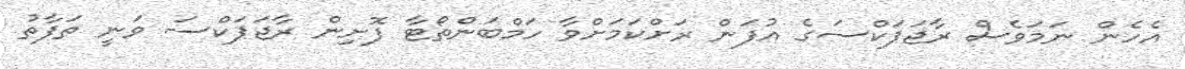
އެހެން ނަމަވެސް ރާޖަޕަކްސަގެ އުފަން ރަށްކަމަށްވާ ހަމްބަންތޯޓާ ފޮށިން ރާޖަޕަކްސަ ވަނީ ތަފާތު